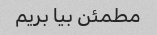
مطمئن بیا بریم